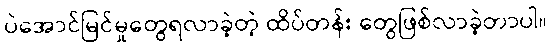
ပဲအောင်မြင်မှုတွေရလာခဲ့တဲ့ ထိပ်တန်း တွေဖြစ်လာခဲ့တာပါ။